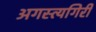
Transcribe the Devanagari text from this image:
अगस्त्यगिरी